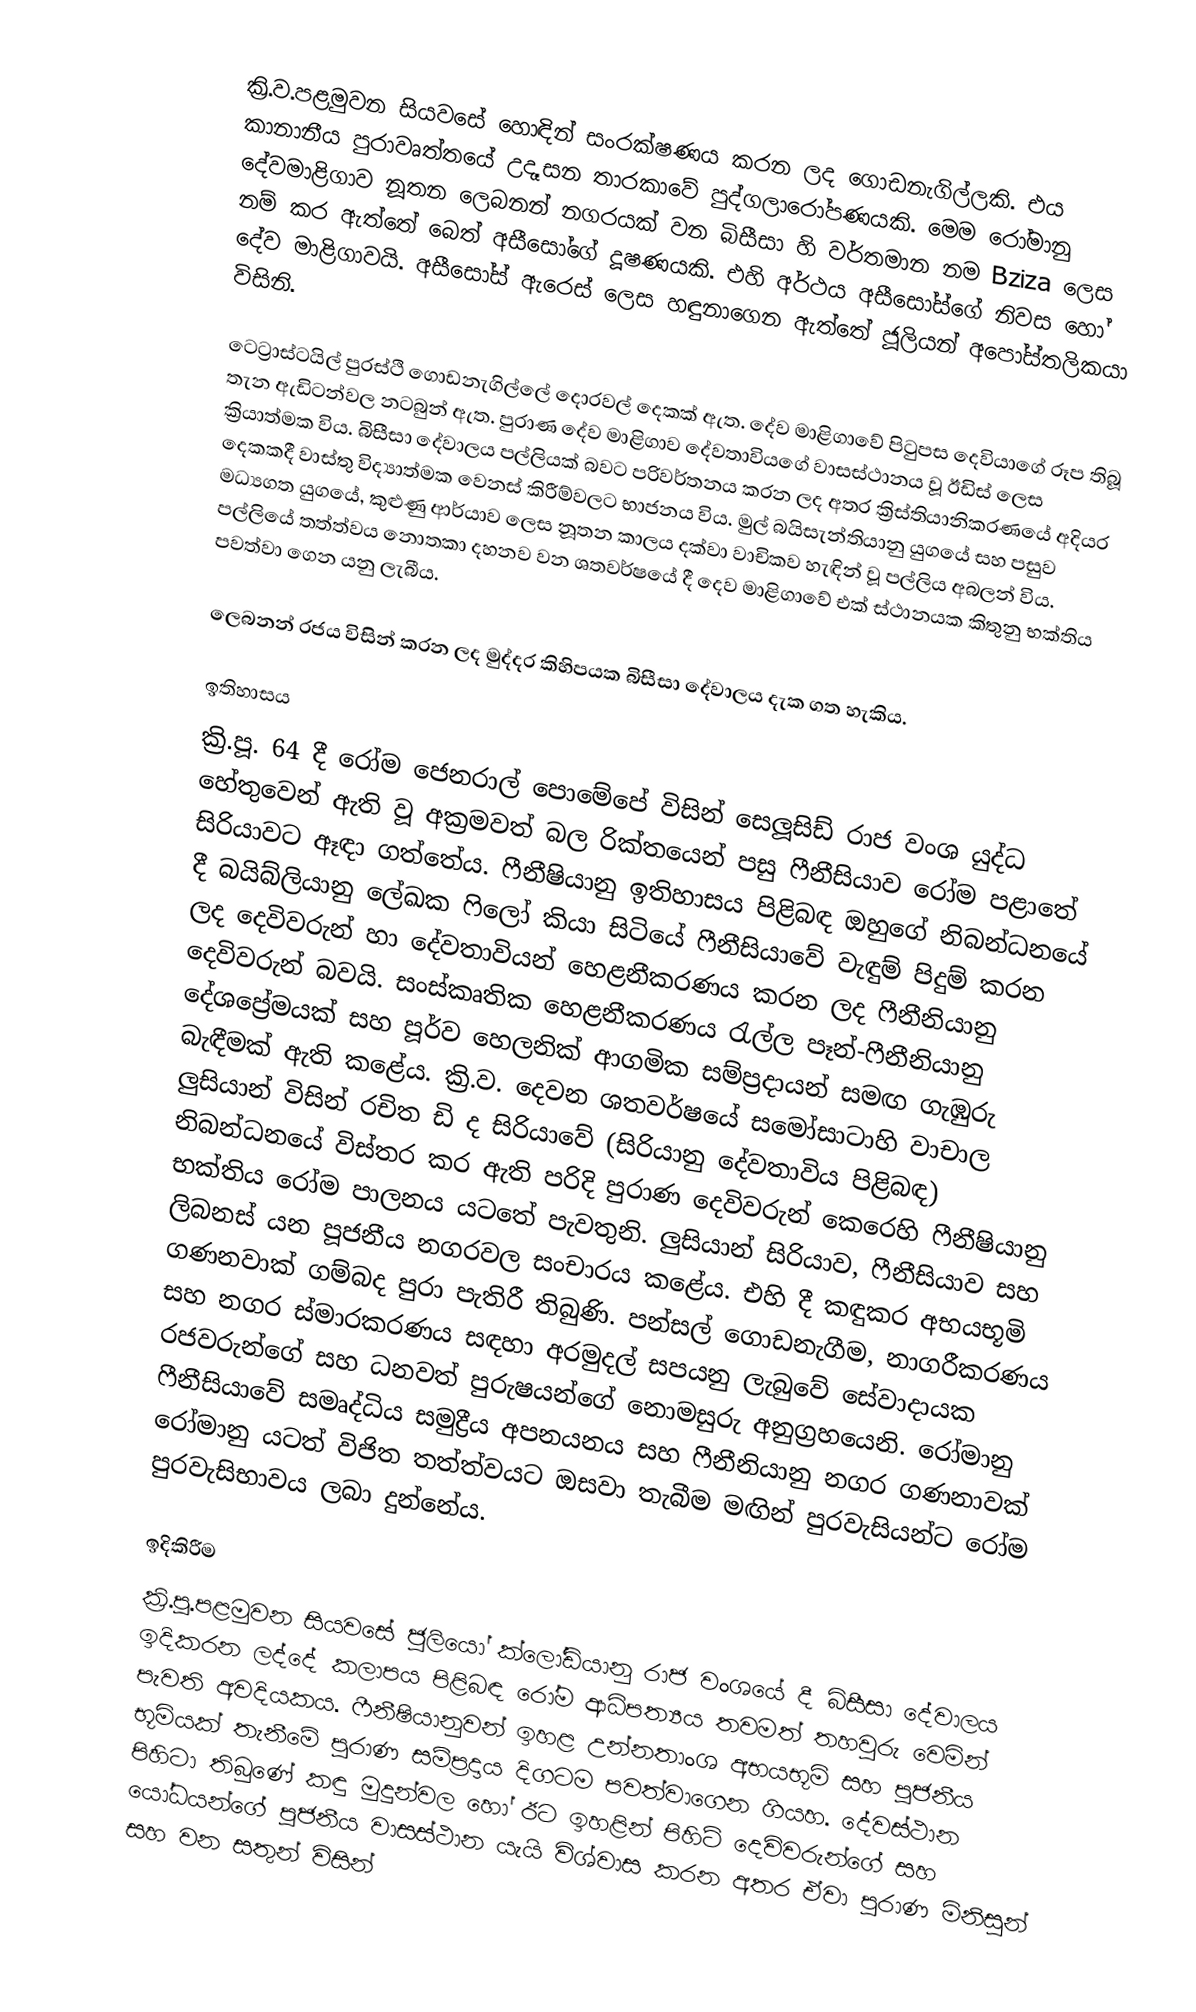
ක්‍රි.ව.පළමුවන සියවසේ හොඳින් සංරක්ෂණය කරන ලද ගොඩනැගිල්ලකි. එය කානානීය පුරාවෘත්තයේ උදෑසන තාරකාවේ පුද්ගලාරෝපණයකි. මෙම රෝමානු දේවමාළිගාව නූතන ලෙබනන් නගරයක් වන බිසීසා හි වර්තමාන නම Bziza ලෙස නම් කර ඇත්තේ බෙත් අසීසෝගේ දූෂණයකි. එහි අර්ථය අසීසෝස්ගේ නිවස හෝ දේව මාළිගාවයි. අසීසෝස් ඇරෙස් ලෙස හඳුනාගෙන ඇත්තේ ජූලියන් අපෝස්තලිකයා විසිනි.

ටෙට්‍රාස්ටයිල් පුරස්ථි ගොඩනැගිල්ලේ දොරවල් දෙකක් ඇත. දේව මාළිගාවේ පිටුපස දෙවියාගේ රූප තිබූ තැන ඇඩිටන්වල නටබුන් ඇත. පුරාණ දේව මාළිගාව දේවතාවියගේ වාසස්ථානය වූ ඊඩිස් ලෙස ක්‍රියාත්මක විය. බිසීසා දේවාලය පල්ලියක් බවට පරිවර්තනය කරන ලද අතර ක්‍රිස්තියානිකරණයේ අදියර දෙකකදී වාස්තු විද්‍යාත්මක වෙනස් කිරීම්වලට භාජනය විය. මුල් බයිසැන්තියානු යුගයේ සහ පසුව මධ්‍යගත යුගයේ, කුළුණු ආර්යාව ලෙස නූතන කාලය දක්වා වාචිකව හැඳින් වූ පල්ලිය අබලන් විය. පල්ලියේ තත්ත්වය නොතකා දහනව වන ශතවර්ෂයේ දී දෙව මාළිගාවේ එක් ස්ථානයක කිතුනු භක්තිය පවත්වා ගෙන යනු ලැබීය.

ලෙබනන් රජය විසින් කරන ලද මුද්දර කිහිපයක බිසීසා දේවාලය දැක ගත හැකිය.

ඉතිහාසය
ක්‍රි.පූ. 64 දී රෝම ජෙනරාල් පොමේපේ විසින් සෙලූසිඩ් රාජ වංශ යුද්ධ හේතුවෙන් ඇති වූ අක්‍රමවත් බල රික්තයෙන් පසු ෆීනීසියාව රෝම පළාතේ සිරියාවට ඈඳා ගත්තේය.  ෆීනීෂියානු ඉතිහාසය පිළිබඳ ඔහුගේ නිබන්ධනයේ දී බයිබ්ලියානු ලේඛක ෆිලෝ කියා සිටියේ ෆීනීසියාවේ වැඳුම් පිදුම් කරන ලද දෙවිවරුන් හා දේවතාවියන් හෙළනීකරණය කරන ලද ෆීනීනියානු දෙවිවරුන් බවයි. සංස්කෘතික හෙළනීකරණය රැල්ල පෑන්-ෆීනීනියානු දේශප්‍රේමයක් සහ පූර්ව හෙලනික් ආගමික සම්ප්‍රදායන් සමඟ ගැඹුරු බැඳීමක් ඇති කළේය. ක්‍රි.ව. දෙවන ශතවර්ෂයේ සමෝසාටාහි වාචාල ලුසියාන් විසින් රචිත ඩි ද සිරියාවේ (සිරියානු දේවතාවිය පිළිබඳ) නිබන්ධනයේ විස්තර කර ඇති පරිදි පුරාණ දෙවිවරුන් කෙරෙහි ෆීනීෂියානු භක්තිය රෝම පාලනය යටතේ පැවතුනි. ලුසියාන් සිරියාව, ෆීනීසියාව සහ ලිබනස් යන පූජනීය නගරවල සංචාරය කළේය. එහි දී කඳුකර අභයභූමි ගණනවාක් ගම්බද පුරා පැතිරී තිබුණි.  පන්සල් ගොඩනැගීම, නාගරීකරණය සහ නගර ස්මාරකරණය සඳහා අරමුදල් සපයනු ලැබුවේ සේවාදායක රජවරුන්ගේ සහ ධනවත් පුරුෂයන්ගේ නොමසුරු අනුග්‍රහයෙනි. රෝමානු ෆීනීසියාවේ සමෘද්ධිය සමුද්‍රීය අපනයනය සහ ෆීනීනියානු නගර ගණනාවක් රෝමානු යටත් විජිත තත්ත්වයට ඔසවා තැබීම මඟින් පුරවැසියන්ට රෝම පුරවැසිභාවය ලබා දුන්නේය.

ඉදිකිරීම
ක්‍රි.පූ.පළමුවන සියවසේ ජූලියෝ ක්ලෝඩියානු රාජ වංශයේ දී බිසීසා දේවාලය ඉදිකරන ලද්දේ කලාපය පිළිබඳ රෝම ආධිපත්‍යය තවමත් තහවුරු වෙමින් පැවති අවදියකය. ෆීනීෂියානුවන් ඉහළ උන්නතාංශ අභයභූමි සහ පූජනීය භූමියක් තැනීමේ පුරාණ සම්ප්‍රදාය දිගටම පවත්වාගෙන ගියහ.  දේවස්ථාන පිහිටා තිබුණේ කඳු මුදුන්වල හෝ ඊට ඉහළින් පිහිටි දෙවිවරුන්ගේ සහ යෝධයන්ගේ පූජනීය වාසස්ථාන යැයි විශ්වාස කරන අතර ඒවා පුරාණ මිනිසුන් සහ වන සතුන් විසින්